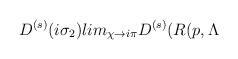
LaTeX: \begin{align*}D^{(s)}(i\sigma _{2})lim_{\chi \rightarrow i\pi }D^{(s)}(R(p,\Lambda\end{align*}